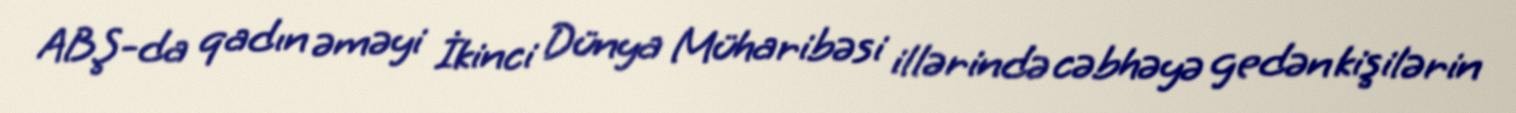
ABŞ-da qadın əməyi İkinci Dünya Müharibəsi illərində cəbhəyə gedən kişilərin